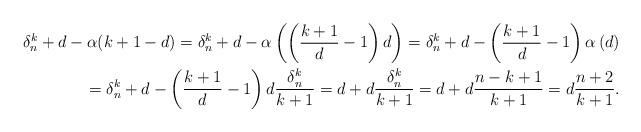
LaTeX: \begin{align*} \delta_n^k+d-\alpha(k+1-d)= \delta_n^k+d-\alpha\left (\left (\frac{k+1}{d}-1 \right )d \right)=\delta_n^k+d-\left (\frac{k+1}{d}-1 \right )\alpha\left (d \right) \\ =\delta_n^k+d-\left (\frac{k+1}{d}-1 \right )d \frac{\delta_n^k}{k+1} = d+ d \frac{\delta_n^k}{k+1}=d+ d \frac{n-k+1}{k+1} = d \frac{n+2}{k+1}. \end{align*}